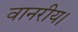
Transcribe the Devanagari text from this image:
वानरीय।